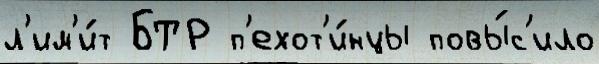
л'им'и́т БТР п'ехот'и́нцы повы́с'ило